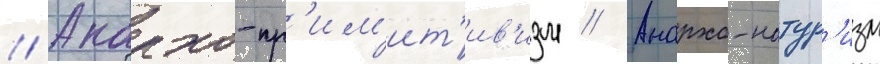
// Анархо-пр'им'ит'ив'изм // Анархо-натур'изм